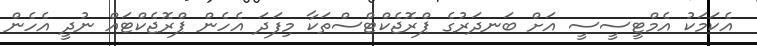
އެކަމަކު އެމްޓީސީސީ އަށް ބަނދަރުގެ ޕްރޮޖެކްޓްސްތަކާ މިފަދަ އެހެން ޕްރޮޖެކްޓައް ނުދީ އެހެން